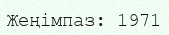
Жеңімпаз: 1971